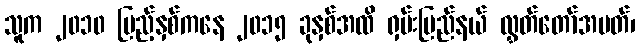
သူက ၂၀၁၀ ပြည့်နှစ်ကနေ ၂၀၁၅ ခုနှစ်အထိ ရှမ်းပြည်နယ် လွှတ်တော်အမတ်၊